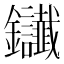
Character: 𨰸